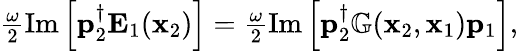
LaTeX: \begin{array}{r}{\frac{\omega}{2}\operatorname{Im}\left[\mathbf{p}_{2}^{\dagger}\mathbf{E}_{1}(\mathbf{x}_{2})\right]=\frac{\omega}{2}\operatorname{Im}\left[\mathbf{p}_{2}^{\dagger}\mathbb{G}(\mathbf{x}_{2},\mathbf{x}_{1})\mathbf{p}_{1}\right],}\end{array}